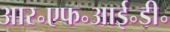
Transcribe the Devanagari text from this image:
आर॰एफ॰आई॰डी॰